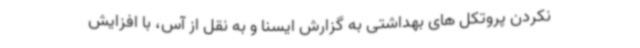
نکردن پروتکل های بهداشتی به گزارش ایسنا و به نقل از آس، با افزایش